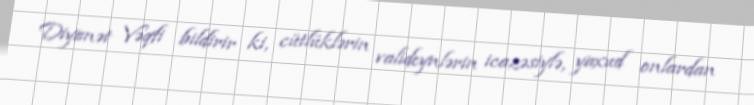
Diyanət Vəqfi bildirir ki, cütlüklərin valideynlərin icazəsiylə, yaxud onlardan